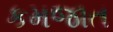
કમજાત